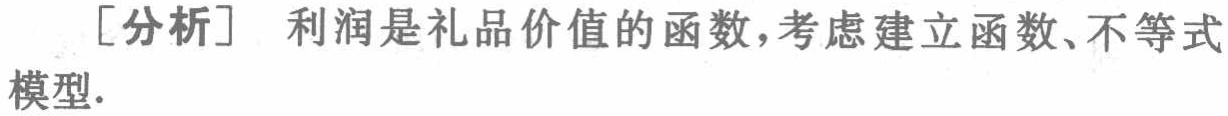
[分析] 利润是礼品价值的函数，考虑建立函数、不等式模型.